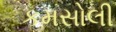
કમસોલી